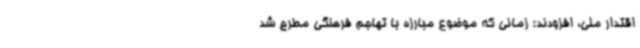
اقتدار ملی، افزودند: زمانی که موضوع مبارزه با تهاجم فرهنگی مطرح شد